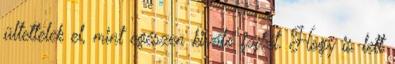
ültettelek el, mint egészen kiváló fajtát. Hogy is lett